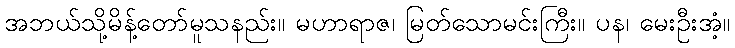
အဘယ်သို့မိန့်တော်မူသနည်း။ မဟာရာဇ၊ မြတ်သောမင်းကြီး။ ပန၊ မေးဦးအံ့။